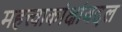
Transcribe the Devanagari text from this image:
महत्त्वाकांक्षांबद्दल